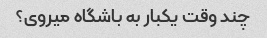
چند وقت یکبار به باشگاه میروی؟